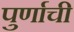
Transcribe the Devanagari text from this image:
पुर्णाची